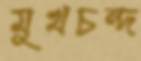
মুখচন্দ